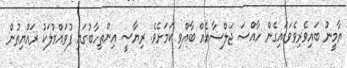
ޔާމީނު ބައިވެރިވެވަޑައިގެން ހާއްސަ ޖަލްސާއެއް ބާއްވި ކަމަށެވެ. ރިޔާސީ އިންތިހާބުގައި ފުވައްމުލަކު ރައްޔިތުން